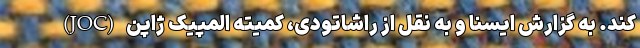
کند. به گزارش ایسنا و به نقل از راشاتودی، کمیته المپیک ژاپن (JOC)